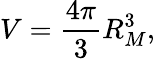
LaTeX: V=\frac{4\pi}{3}R_{M}^{3},